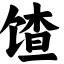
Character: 馇